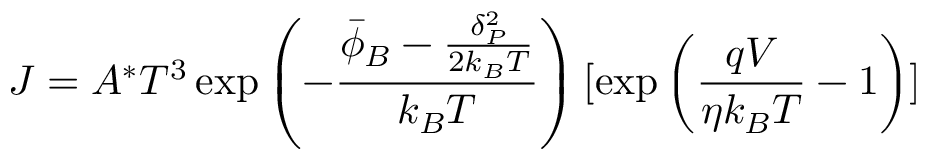
J = A ^ { * } T ^ { 3 } \exp \left( - \frac { \bar { \phi } _ { B } - \frac { \delta _ { P } ^ { 2 } } { 2 k _ { B } T } } { k _ { B } T } \right) [ \exp \left( \frac { q V } { \eta k _ { B } T } - 1 \right) ]